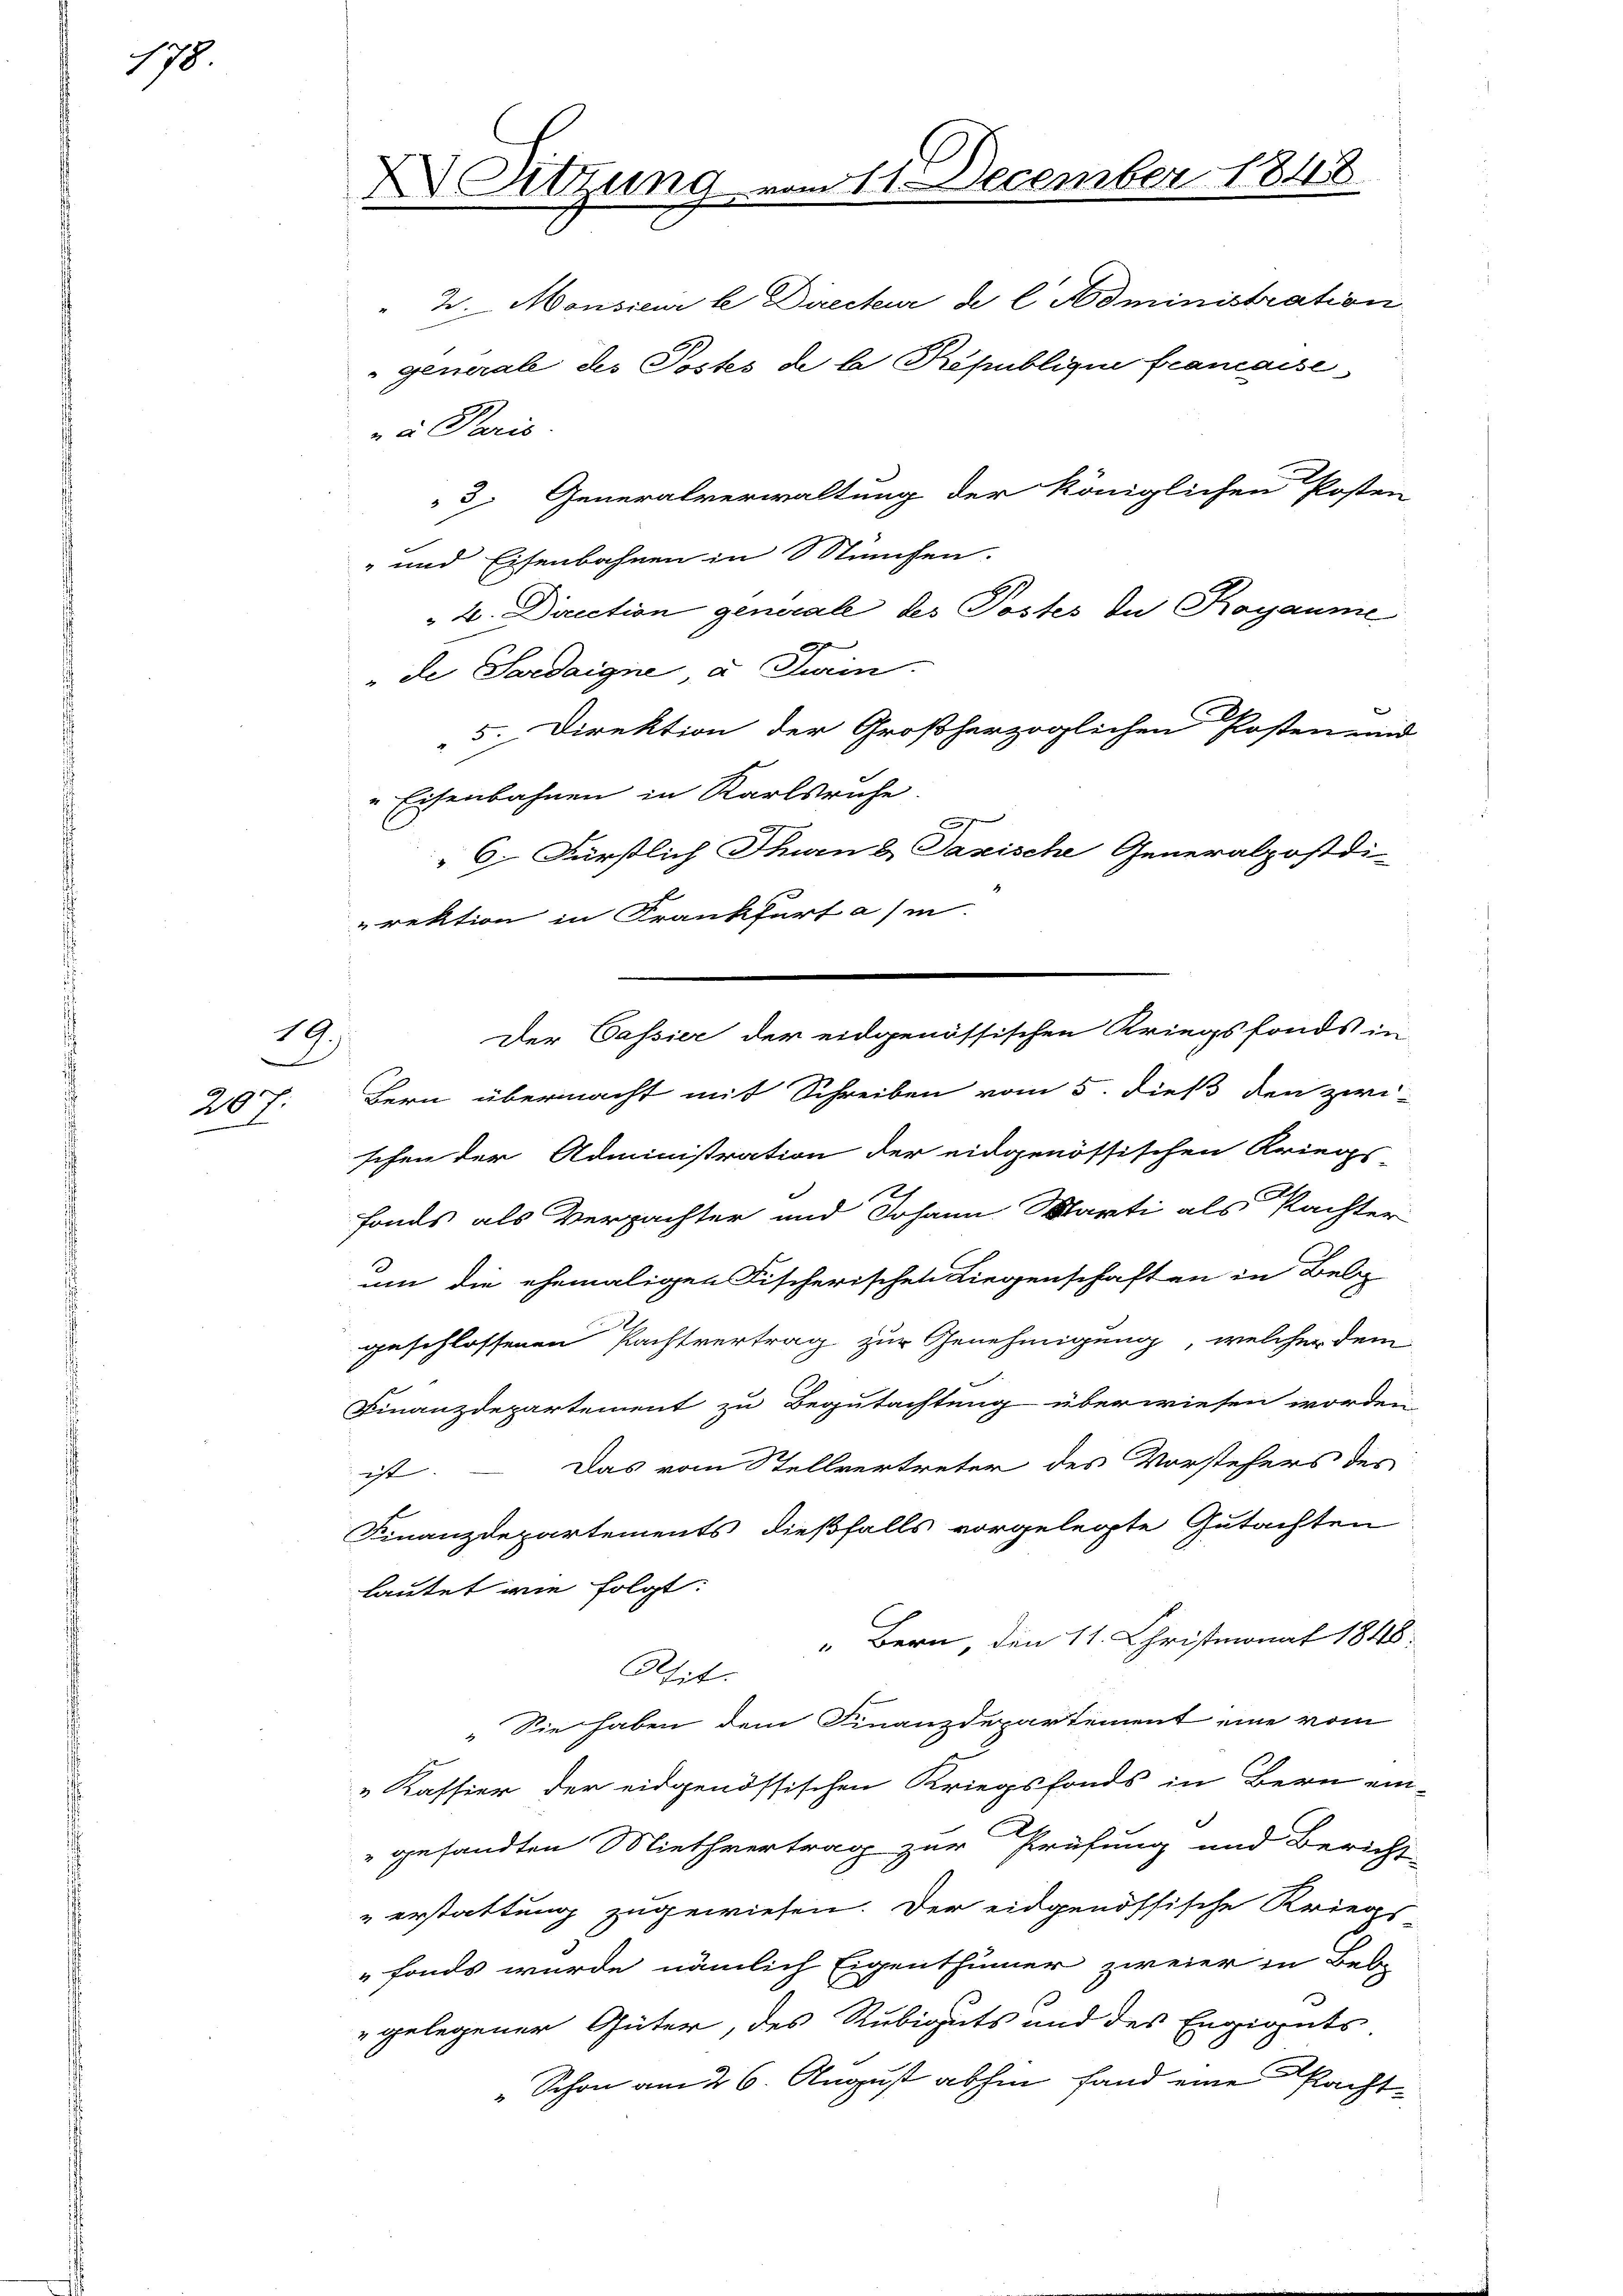
178

1 A
1
207.

Sitzung vom 11. December 1848

" 2. Monsieur le Directur de l. Administration
" general des Postes de la République francaise
na Paris.
3. Generalverwaltung der königlichen Posten
" und Eisenbahnen in München.
2. Direction generale des Postes In Rogaume
de Sardaigne u. Zwein.
5. Direktion der Großherzoglichen Posten und
„Eisenbahnen in Karlsruhe
2
 6. Fürstlich Thurn b Jazische Generalpostdi-
rektion in Frankfurt a/m.
Bern übermacht mit Schreiben vom 5. dieß den zwi-
schen der Administration der eidgenössischen Kriegs
fonds als Verpachter und Johann Warti als Pachter
um die ehemaligen Fischerischen Liegenschaften in Bel
geschlossenen Pachtvertrag zur Genehmigung, welcher dem
Finanzdepartement zu Begutachtung überwiesen worden
Das vom Stellvertreter des Vorstehers des
at
Finanzdepartements dießfalls vorgelegte Gutachten.
lautet wie folgt:
“ Bern, den 11. Christmonat 1848.
Asit.
" Sie haben dem Finanzdepartement eine vom
„Kassier der eidgenössischen Kriegsfonds in Bern ein-
gesandten Miethvertrag zur Prüfung und Bericht
„erstattung zugewiesen. Der eidgenössische Kriegs-
fonds wurde nämlich Eigenthümer zweier in Beb-
" gelegener Güter, des Rubiguts und des Engigents-
" Schon am 26. August abhin fand eine Pacht¬

Der Cassier der eidgenössischen Kriegsfonds in